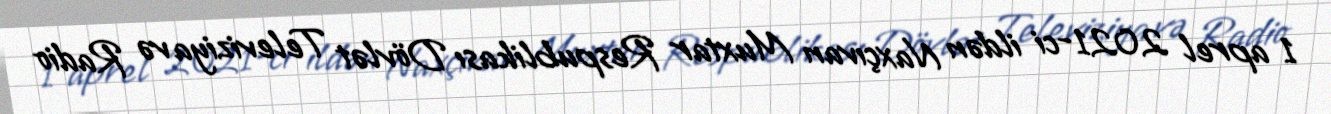
1 aprel 2021-ci ildən Naxçıvan Muxtar Respublikası Dövlət Televiziya və Radio